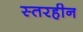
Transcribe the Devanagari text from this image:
स्तरहीन